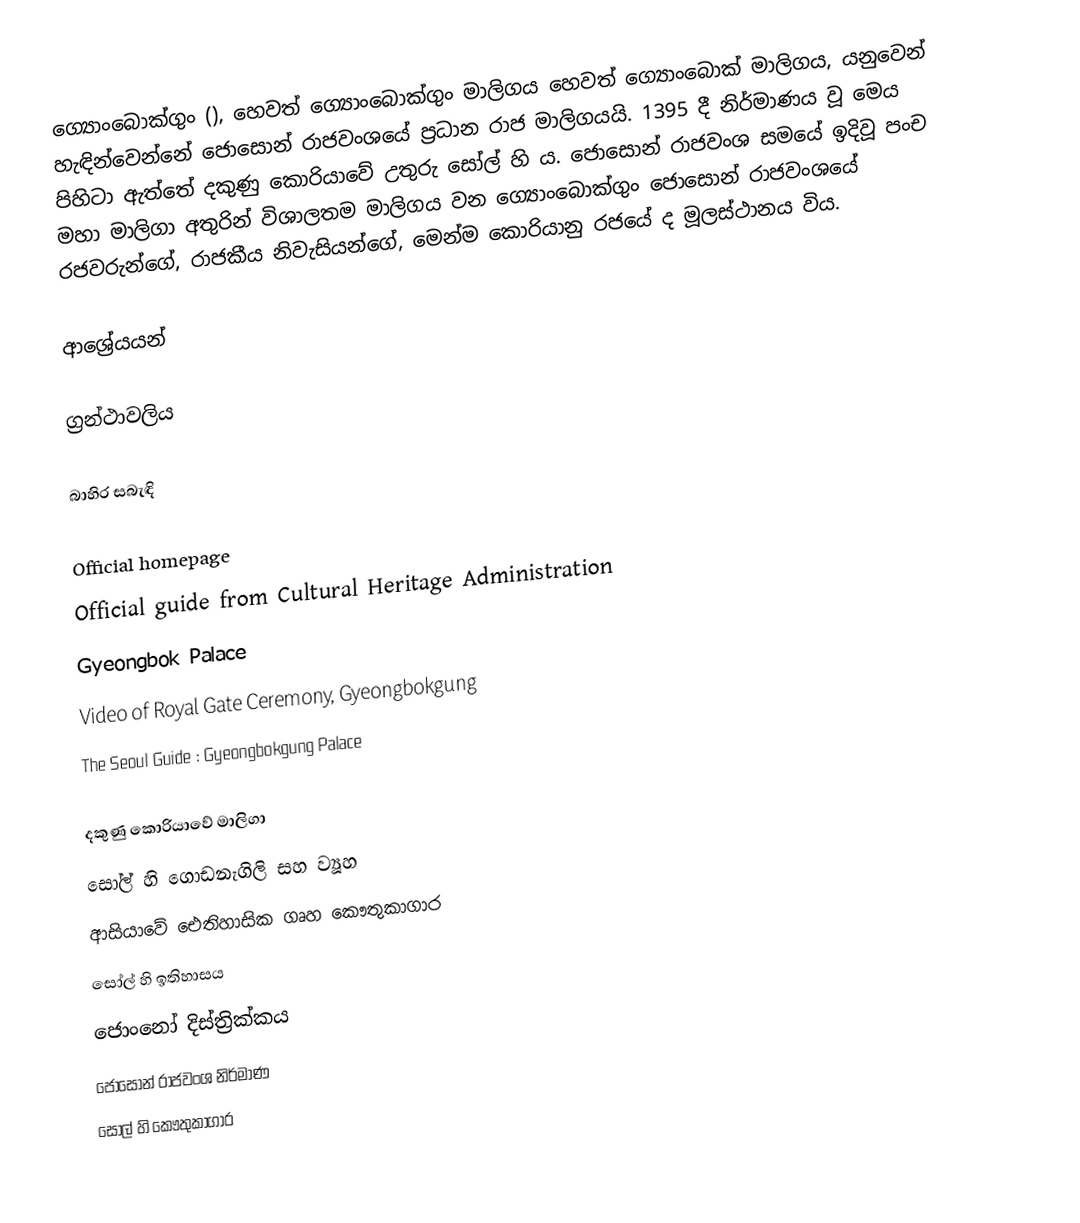
ග්‍යොංබොක්ගුං (), හෙවත් ග්‍යොංබොක්ගුං මාලිගය හෙවත් ග්‍යොංබොක් මාලිගය, යනුවෙන් හැඳින්වෙන්නේ ජොසොන් රාජවංශයේ ප්‍රධාන රාජ මාලිගයයි. 1395 දී නිර්මාණය වූ මෙය පිහිටා ඇත්තේ දකුණු කොරියාවේ උතුරු සෝල් හි ය. ජොසොන් රාජවංශ සමයේ ඉදිවූ පංච මහා මාලිගා අතුරින් විශාලතම මාලිගය වන ග්‍යොංබොක්ගුං ජොසොන් රාජවංශයේ රජවරුන්ගේ, රාජකීය නිවැසියන්ගේ, මෙන්ම කොරියානු රජයේ ද මූලස්ථානය විය.

ආශ්‍රේයයන්

ග්‍රන්ථාවලිය

බාහිර සබැඳි

 Official homepage
 Official guide from Cultural Heritage Administration
 Gyeongbok Palace
 Video of Royal Gate Ceremony, Gyeongbokgung
 The Seoul Guide : Gyeongbokgung Palace

දකුණු කොරියාවේ මාලිගා
සෝල් හි ගොඩනැගිලි සහ ව්‍යූහ
ආසියාවේ ඓතිහාසික ගෘහ කෞතුකාගාර
සෝල් හි ඉතිහාසය
ජොංනෝ දිස්ත්‍රික්කය
ජොසොන් රාජවංශ නිර්මාණ
සෝල් හි කෞතුකාගාර